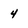
Character: 4